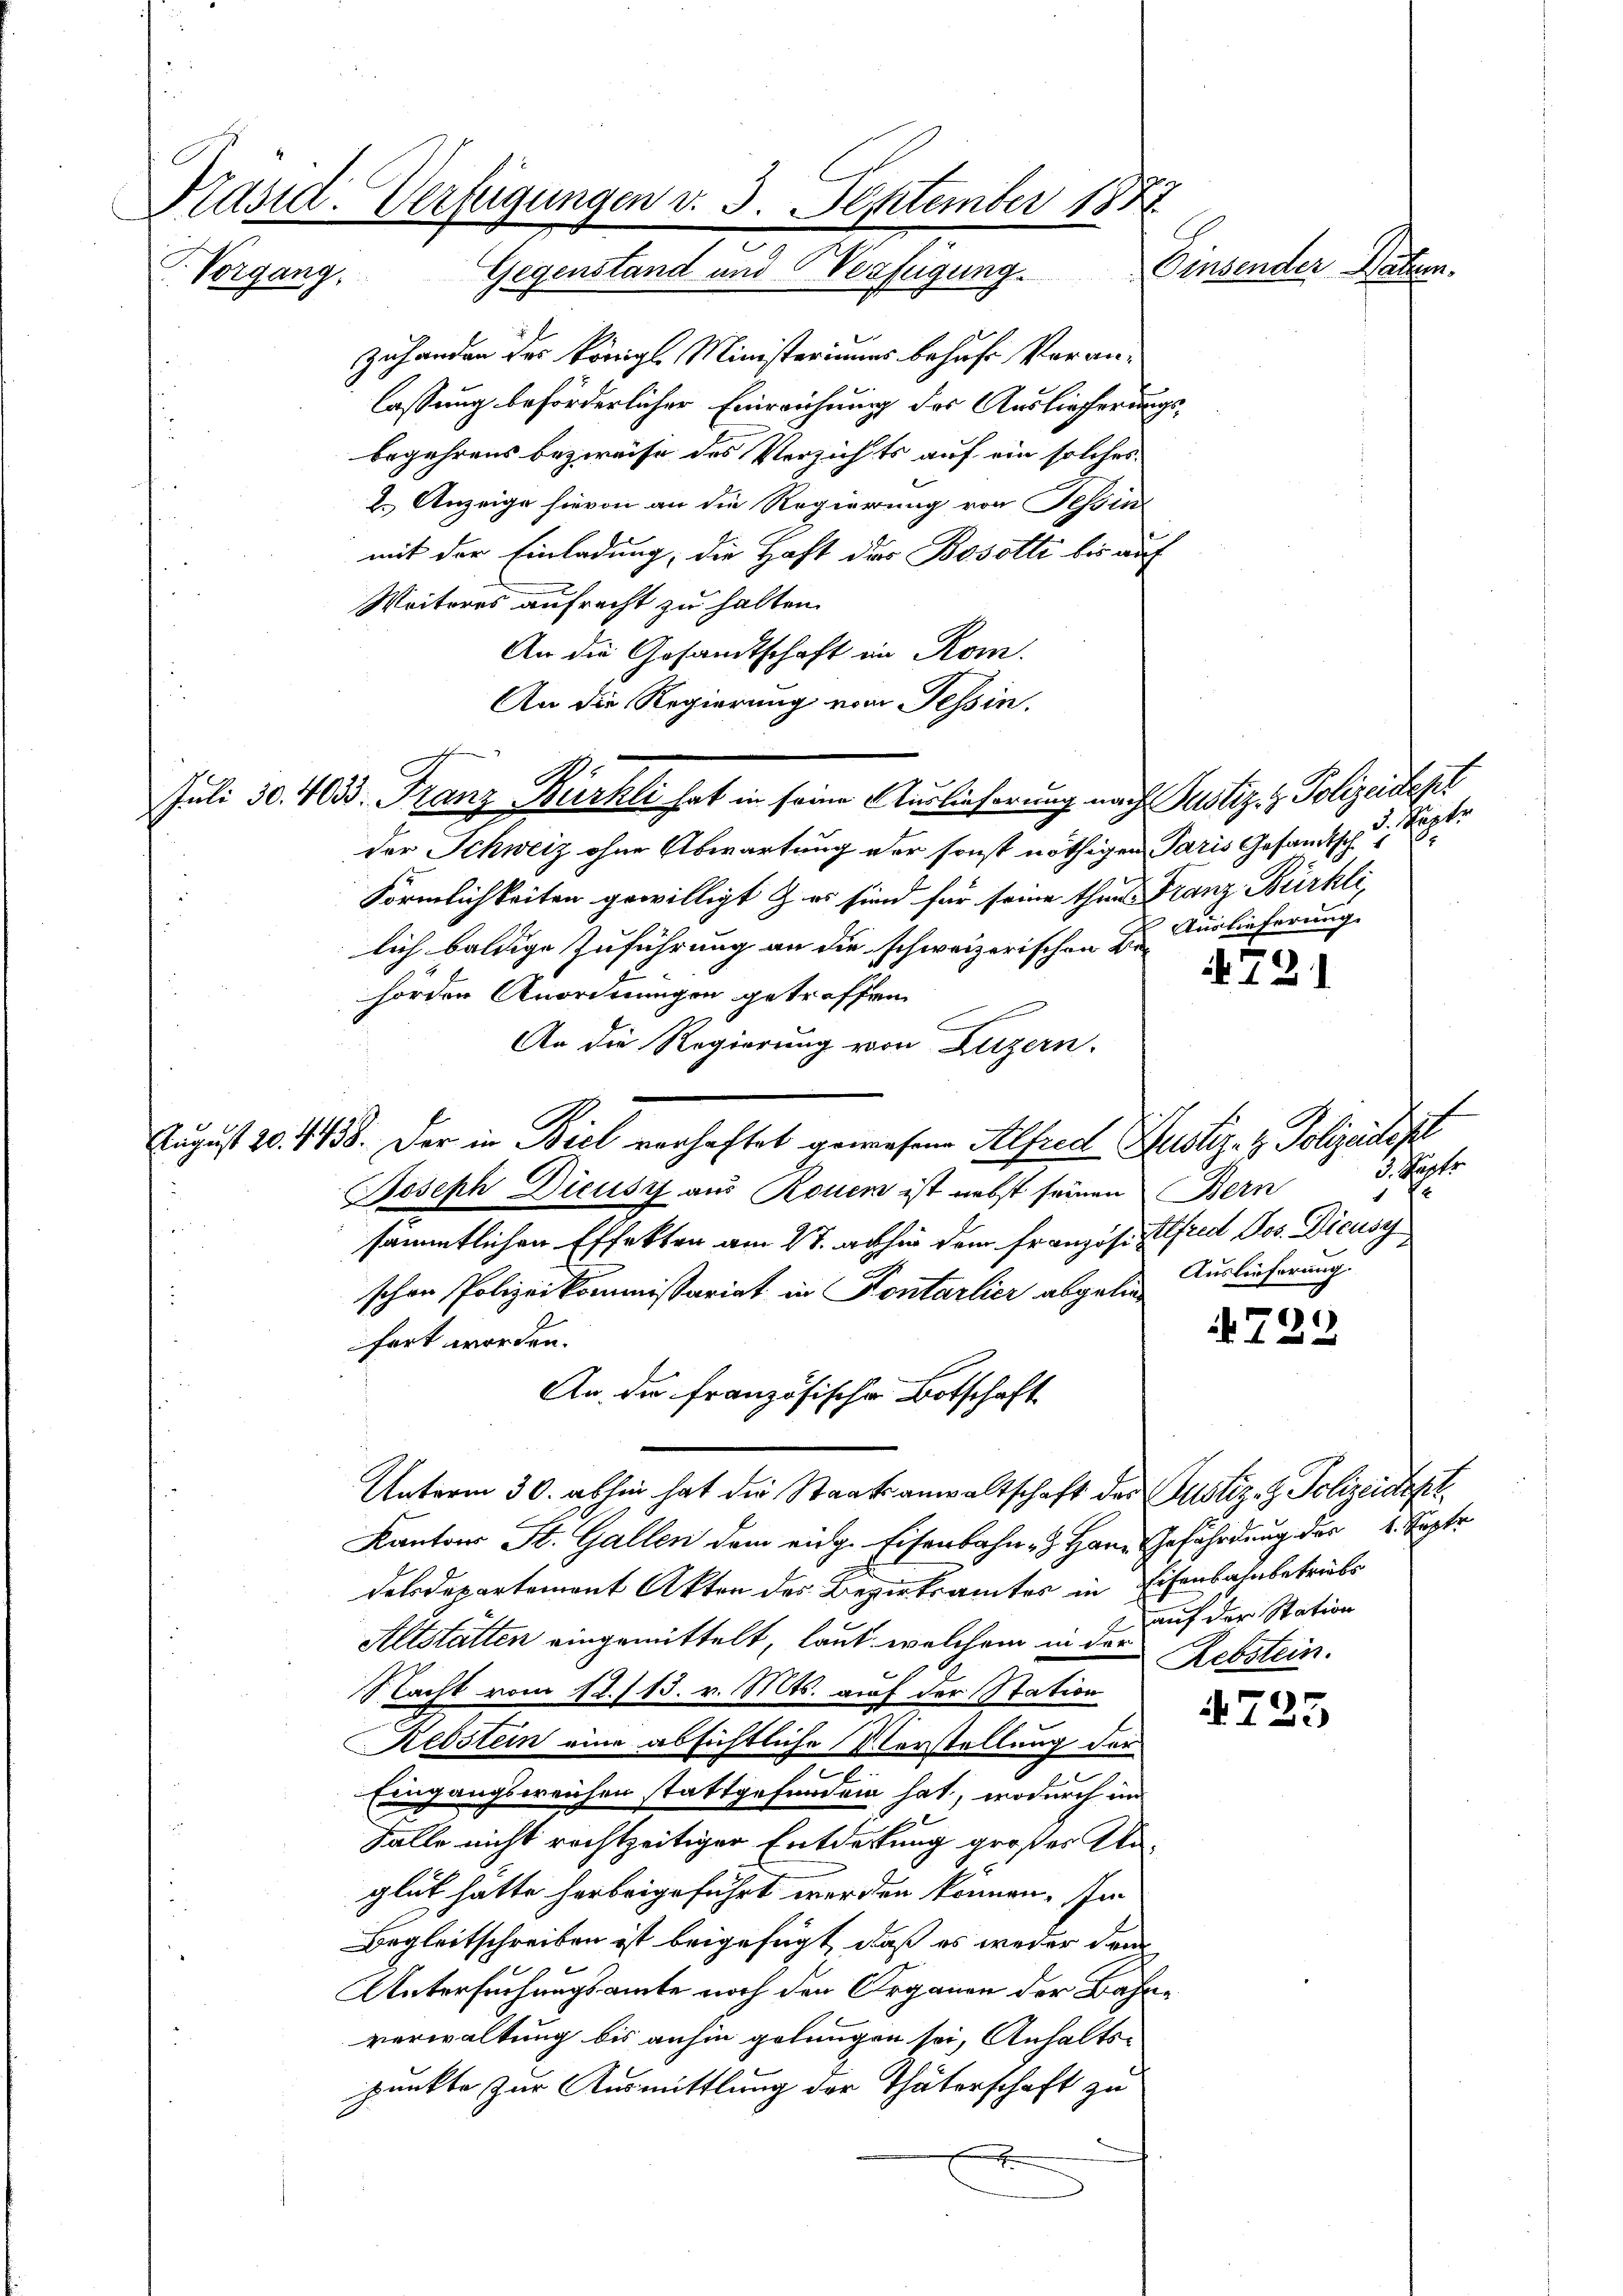
Präsid. Verfügungen d. 3. September 1888
Einsender Datum.
Vorgang. Gegenstand und Verfügung.

zuhanden der Königl. Ministeriums behufs Voranlassung beförderlicher Einreichung des Auslieferungsbegehrens bezweife des Verzichts auf ein solches
2. Anzeige hievon an die Regierung von Tessin
mit der Einladung, die Haft des Bosotti bis auch
Weiteres aufrecht zu halten.
An die Gesandtschaft ein Rom.
An die Regierung vom Tessin.
der Schweiz ohne Abwartung der sonst nöthigen Paris Gesandtsch
Förmlichkeiten gewilligt er sind für seine thun Franz Bürkli
lich baldige Zuführung an die schweizerischen Be-
hörden Anordnungen getroffen
An die Regierung von Luzern.
August 20. 438. Der in Biel verhaftet gewesene Alfred Justiz- & Polizeidigt
Joseph Dieusz aus Rouen ist nebst seinen Bern
sämmtlichen Effekten am 27. abhin dem Französ. Alfred Jos. Dieusy
schen Polizeikommissariat in Pontarlier abgeben Auslieferung.
fert worden.
An der französische Botschaft
Unterm 30. abhin hat die Staatsanwaltschaft des Justiz- & Polizeidepl
Kantons St. Gallen dem eidg. Eisenbahn- Haue Gefährdung der 4. Septe
delsdepartement Akten des Bezirksamtes in Eisenbahnbetrübs
2 auf der Station
Altstätten eingemittelt, laut welchem in der
Rebstein.
Nacht vom 12./13. v. Mts. auf der Station
Rebstein eine absichtliche Verstellung der
Eingangsweichen stattgefunden hat, wodurch in
Falle nicht rechtzeitiger Entdeckung großes Unglut hatte herbeigeführt werden können. Im
Begleitschreiben ist beigefügt, daß es weder denn
Untersuchungsamte noch den Organen der Bahre
verwaltung bis anhin gelungen sei, Anhaltspunkte zur Ausmittlung der Thäterschaft zu

Juli 30. 433. Franz Bürkli hat in seine Auslieferung nach Justiz & Polizeitages

Köpfe
Auslieferung.

4721

d. Fact.

723

725